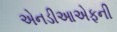
એનડીઆએફની